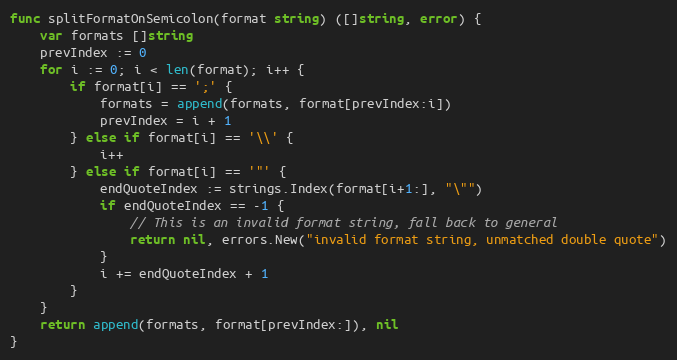
Language: Go
func splitFormatOnSemicolon(format string) ([]string, error) {
	var formats []string
	prevIndex := 0
	for i := 0; i < len(format); i++ {
		if format[i] == ';' {
			formats = append(formats, format[prevIndex:i])
			prevIndex = i + 1
		} else if format[i] == '\\' {
			i++
		} else if format[i] == '"' {
			endQuoteIndex := strings.Index(format[i+1:], "\"")
			if endQuoteIndex == -1 {
				// This is an invalid format string, fall back to general
				return nil, errors.New("invalid format string, unmatched double quote")
			}
			i += endQuoteIndex + 1
		}
	}
	return append(formats, format[prevIndex:]), nil
}